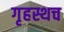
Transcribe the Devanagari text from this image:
गृहस्थच